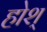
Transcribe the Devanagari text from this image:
होश्